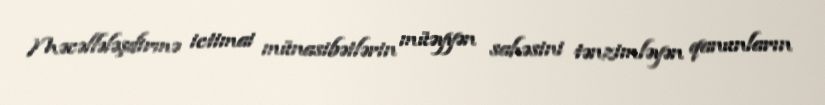
Məcəllələşdirmə ictimai münasibətlərin müəyyən sahəsini tənzimləyən qanunların